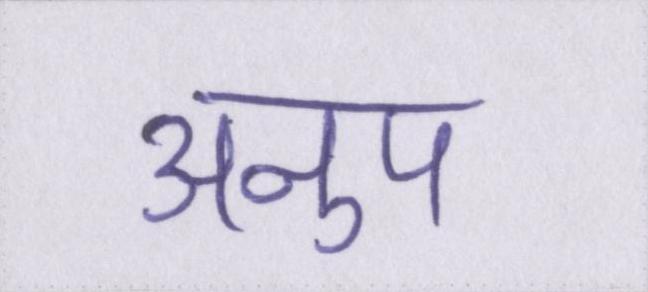
अनुप